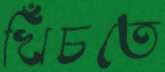
খিঁচতে